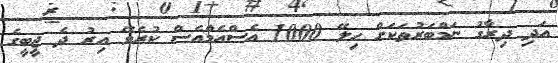
އަދި ދިރާގު ނަމްބަރުތަކަށް ހިލޭ 1000 އެސްއެމްއެސް ކުރެވޭ އިރު ދެ ޖީބީގެ